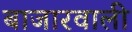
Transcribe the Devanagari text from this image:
बाजारवाली